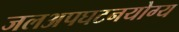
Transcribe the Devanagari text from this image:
जलअपघटनयोग्य